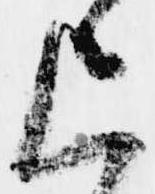
上